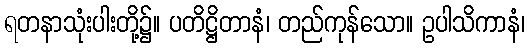
ရတနာသုံးပါးတို့၌။ ပတိဋ္ဌိတာနံ၊ တည်ကုန်သော။ ဥပါသိကာနံ၊